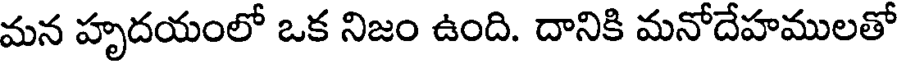
మన హృదయంలో ఒక నిజం ఉంది. దానికి మనోదేహములతో